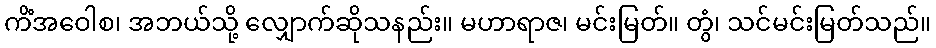
ကိံအဝေါစ၊ အဘယ်သို့ လျှောက်ဆိုသနည်း။ မဟာရာဇ၊ မင်းမြတ်။ တွံ၊ သင်မင်းမြတ်သည်။